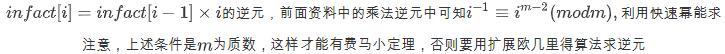
$ifact[i]=ifact[i - 1]\times i的逆元，前面资料中的乘法逆元中可知i^{-1}\equiv i^{m - 2}\pmod{m}，利用快速幂能求$

注意，上述条件是$m$为质数，这样才能有费马小定理，否则要用扩展欧几里得算法求逆元